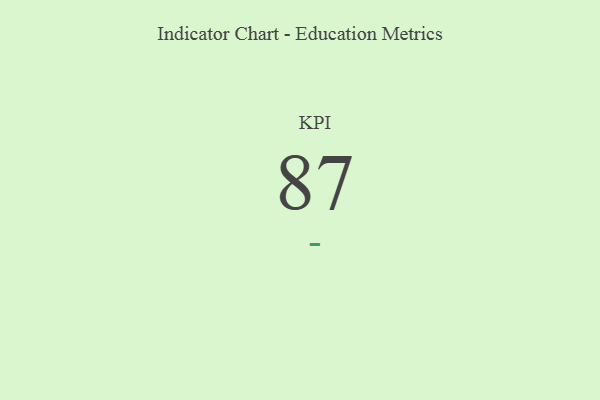
{"axis": {"x": "KPI", "y": "Value"}, "legend": [""], "data": [{"x": "KPI", "y": 87, "type": ""}]}